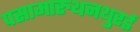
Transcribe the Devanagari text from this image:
पसामारुथनथुरई